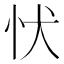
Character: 𢗗